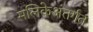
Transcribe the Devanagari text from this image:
मलिकेअंतर्गत